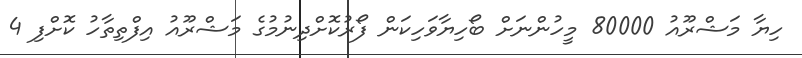
ހިޔާ މަޝްރޫއު 80000 މީހުންނަށް ބޯހިޔާވަހިކަން ފޯރުކޮށްދިނުމުގެ މަޝްރޫއު އިފްތިތާހު ކޮށްފި 4